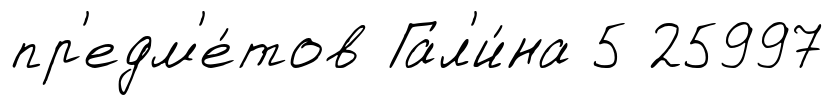
пр'едм'е́тов Гал'и́на 5 25997